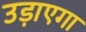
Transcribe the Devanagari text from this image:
उड़ाएगा